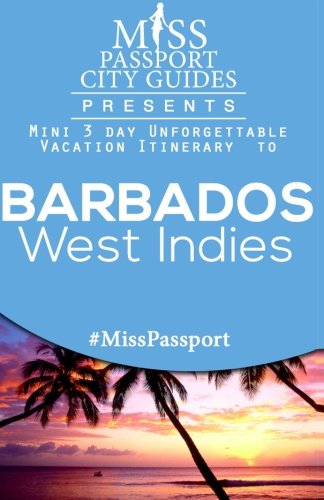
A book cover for Miss Passport City Guides Presents:  Mini 3 day Unforgettable Vacation Itinerary to Barbados West Indies (Miss Passport Travel Guides Book); Sharon Bell; Travel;